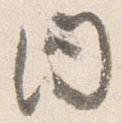
内